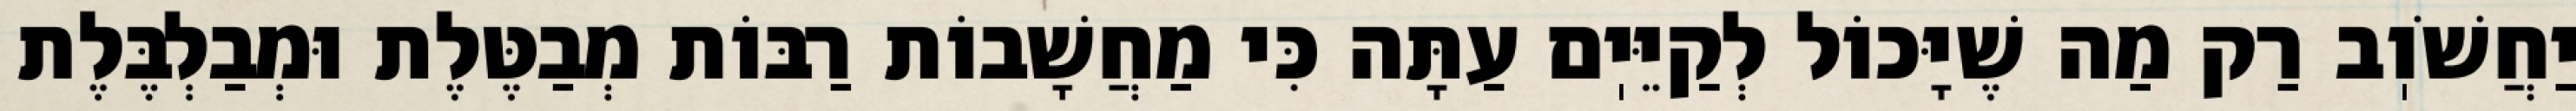
יַחֲשֹׁוֽב רַק מַה שֶׁיָּכוֹל לְקַיֵּיֽם עַתָּה כִּי מַחֲשָׁבוֹת רַבּוֹת מְבַטֶּלֶת וּמְבַלְבֶּלֶת